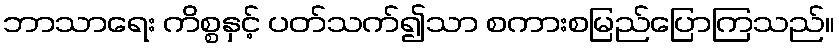
ဘာသာရေး ကိစ္စနှင့် ပတ်သက်၍သာ စကားစမြည်ပြောကြသည်။